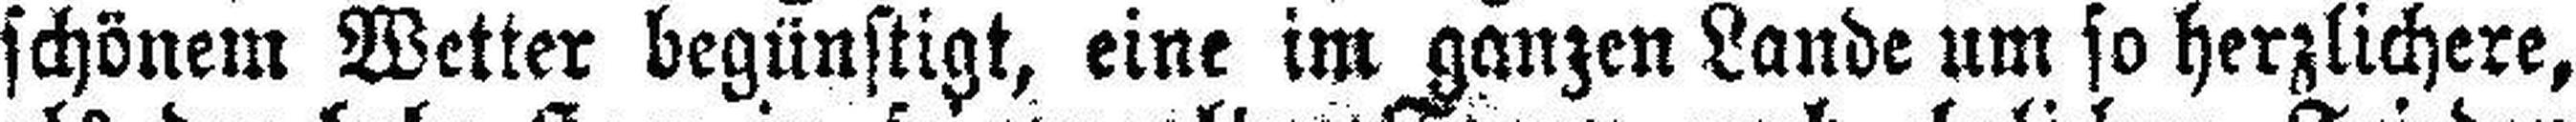
schönem Wetter begünstigt, eine im ganzen Lande um so herzlichere,